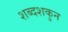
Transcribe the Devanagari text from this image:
शब्दशकुन